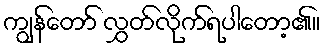
ကျွန်တော် လွှတ်လိုက်ရပါတော့၏။